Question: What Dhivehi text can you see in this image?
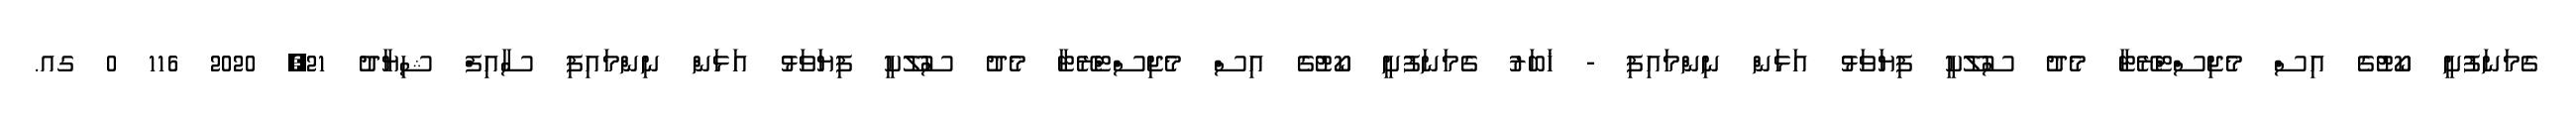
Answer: ގެމަނަފުށީ ކޯޓުގެ އިސް މެޖިސްޓްރޭޓާ މެދު ސުލޫކީ ފިޔަވަޅު އަޅަން ނިންމައިފި - ޚަބަރު ގެމަނަފުށީ ކޯޓުގެ އިސް މެޖިސްޓްރޭޓާ މެދު ސުލޫކީ ފިޔަވަޅު އަޅަން ނިންމައިފި ސާއިފް ޝިޔާދު 21, 2020 116 0 ގއ.